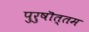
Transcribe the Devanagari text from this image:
पुरुषॊत्तम